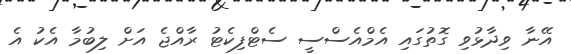
އޭނާ ވިދާޅުވި ގޮތުގައި އެމްއެސްސީ ސެޓްފިކެޓު ރާއްޖެ އަށް ލިބުމާ އެކު އެ